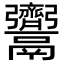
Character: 𩱳